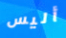
أليس